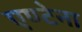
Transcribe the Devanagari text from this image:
एण्टेना